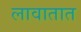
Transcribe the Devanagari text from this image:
लावातात